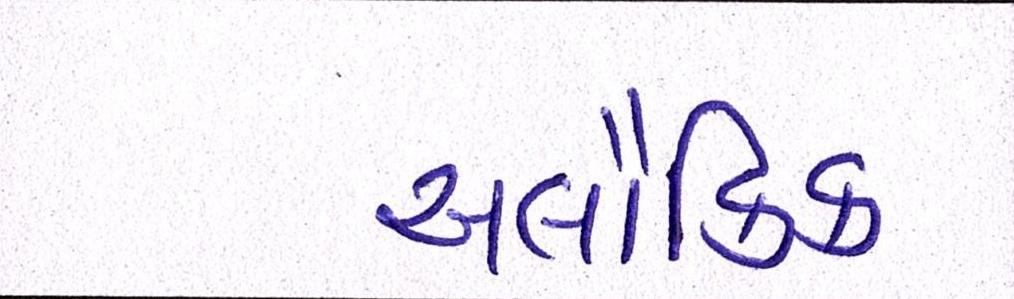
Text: અલૌકિક